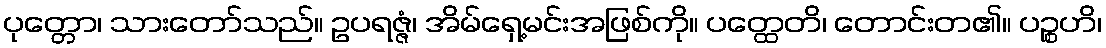
ပုတ္တော၊ သားတော်သည်။ ဥပရဇ္ဇံ၊ အိမ်ရှေ့မင်းအဖြစ်ကို။ ပတ္ထေတိ၊ တောင်းတ၏။ ပဉ္စဟိ၊